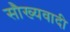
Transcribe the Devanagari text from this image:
सौख्यवादी